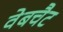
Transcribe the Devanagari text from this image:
वेबचैट